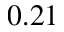
0 . 2 1